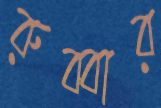
রুব্বার